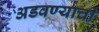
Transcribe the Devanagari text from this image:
अडवण्याची